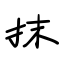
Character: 抹